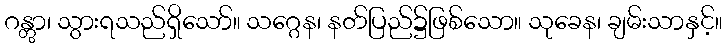
ဂန္တွာ၊ သွားရသည်ရှိသော်။ သဂ္ဂေန၊ နတ်ပြည်၌ဖြစ်သော။ သုခေန၊ ချမ်းသာနှင့်။